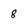
Character: 8